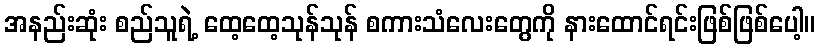
အနည်းဆုံး စည်သူရဲ့ ထေ့ထေ့သုန်သုန် စကားသံလေးတွေကို နားထောင်ရင်းဖြစ်ဖြစ်ပေါ့။